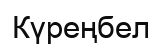
Күреңбел